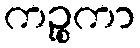
ကဉ္စုကာ